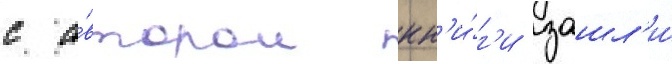
с а́втором кн'и́г'и зашл'и́